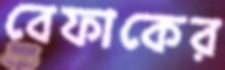
বেফাকের